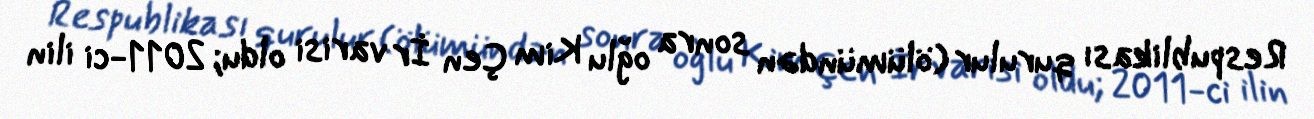
Respublikası qurulur (ölümündən sonra oğlu Kim Çen İr varisi oldu; 2011-ci ilin